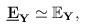
LaTeX: \begin{align*}\underline{\mathbf{E}}_{\mathbf{Y}}\simeq\mathbb{E}_{\mathbf{Y}},\end{align*}